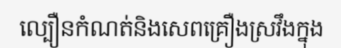
ល្បឿនកំណត់និងសេពគ្រឿងស្រវឹងក្នុង